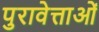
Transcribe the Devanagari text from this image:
पुरावेत्ताओं